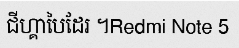
ជីហ្គាបៃដែរ ។Redmi Note 5